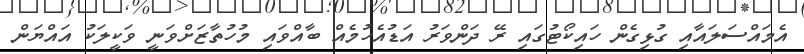
އެމައްސަލައާއި ގުޅިގެން ހައިކޯޓުގައި ރޭ ދަންވަރު އަޑުއެހުމެއް ބާއްވައި މުހުތާޒަށްވަނީ ވަކީލަކު އައްޔަން